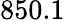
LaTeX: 850.1